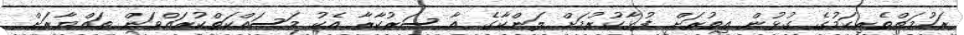
ރަހުމަތްތެރިކަމުގެ ގުޅުން އިތުރަށް ފުޅާކުރުމަށް ލަންކާގެ އާ ސަރުކާރާ އެކު މަސައްކަތްކުރައްވަން ތައްޔާރަށް